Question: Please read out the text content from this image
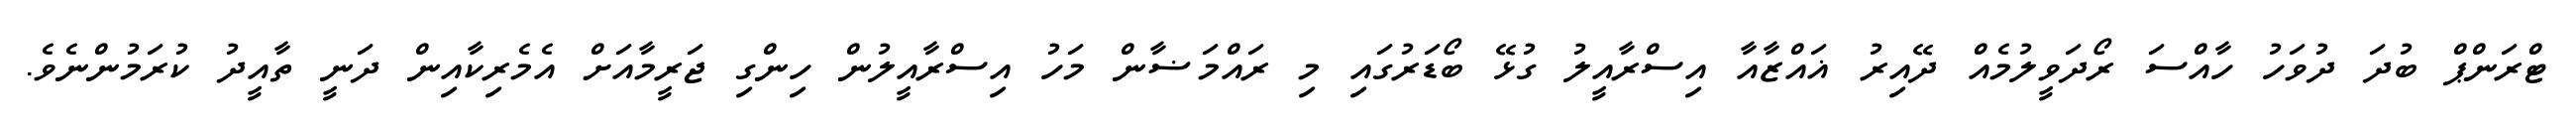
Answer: ޓްރަންޕް ބުދަ ދުވަހު ހާއްސަ ރޯދަވީލުމެއް ދޭއިރު ޣައްޒާއާ އިސްރާއީލު ގުޅޭ ބޯޑަރުގައި މި ރައްމަޟާން މަހު އިސްރާއީލުން ހިންގި ޖަރީމާއަށް އެމެރިކާއިން ދަނީ ތާއީދު ކުރަމުންނެވެ.